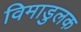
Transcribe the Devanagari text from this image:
विमाडुलक